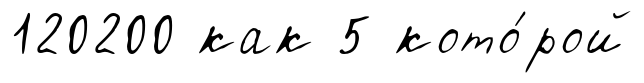
120200 как 5 кото́рой